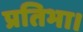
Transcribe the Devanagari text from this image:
प्रतिभा।